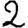
Digit: 2